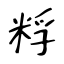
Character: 粰